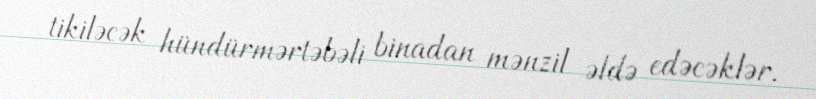
tikiləcək hündürmərtəbəli binadan mənzil əldə edəcəklər.